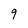
Character: 9